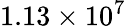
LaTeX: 1.13\times 10^{7}